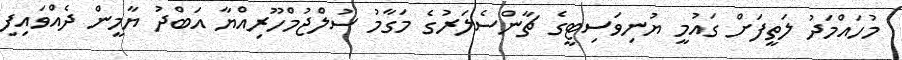
މުހައްމަދު ލަތީފަށް ގައުމީ ޔުނިވަސިޓީގެ ޗާންސެލަރުގެ މަގާމު ސުލްޖުމްހޫރިއްޔާ އަބްދު ޔާމީން ދެއްވައިފި